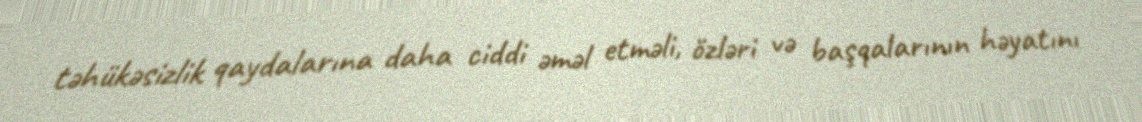
təhükəsizlik qaydalarına daha ciddi əməl etməli, özləri və başqalarının həyatını